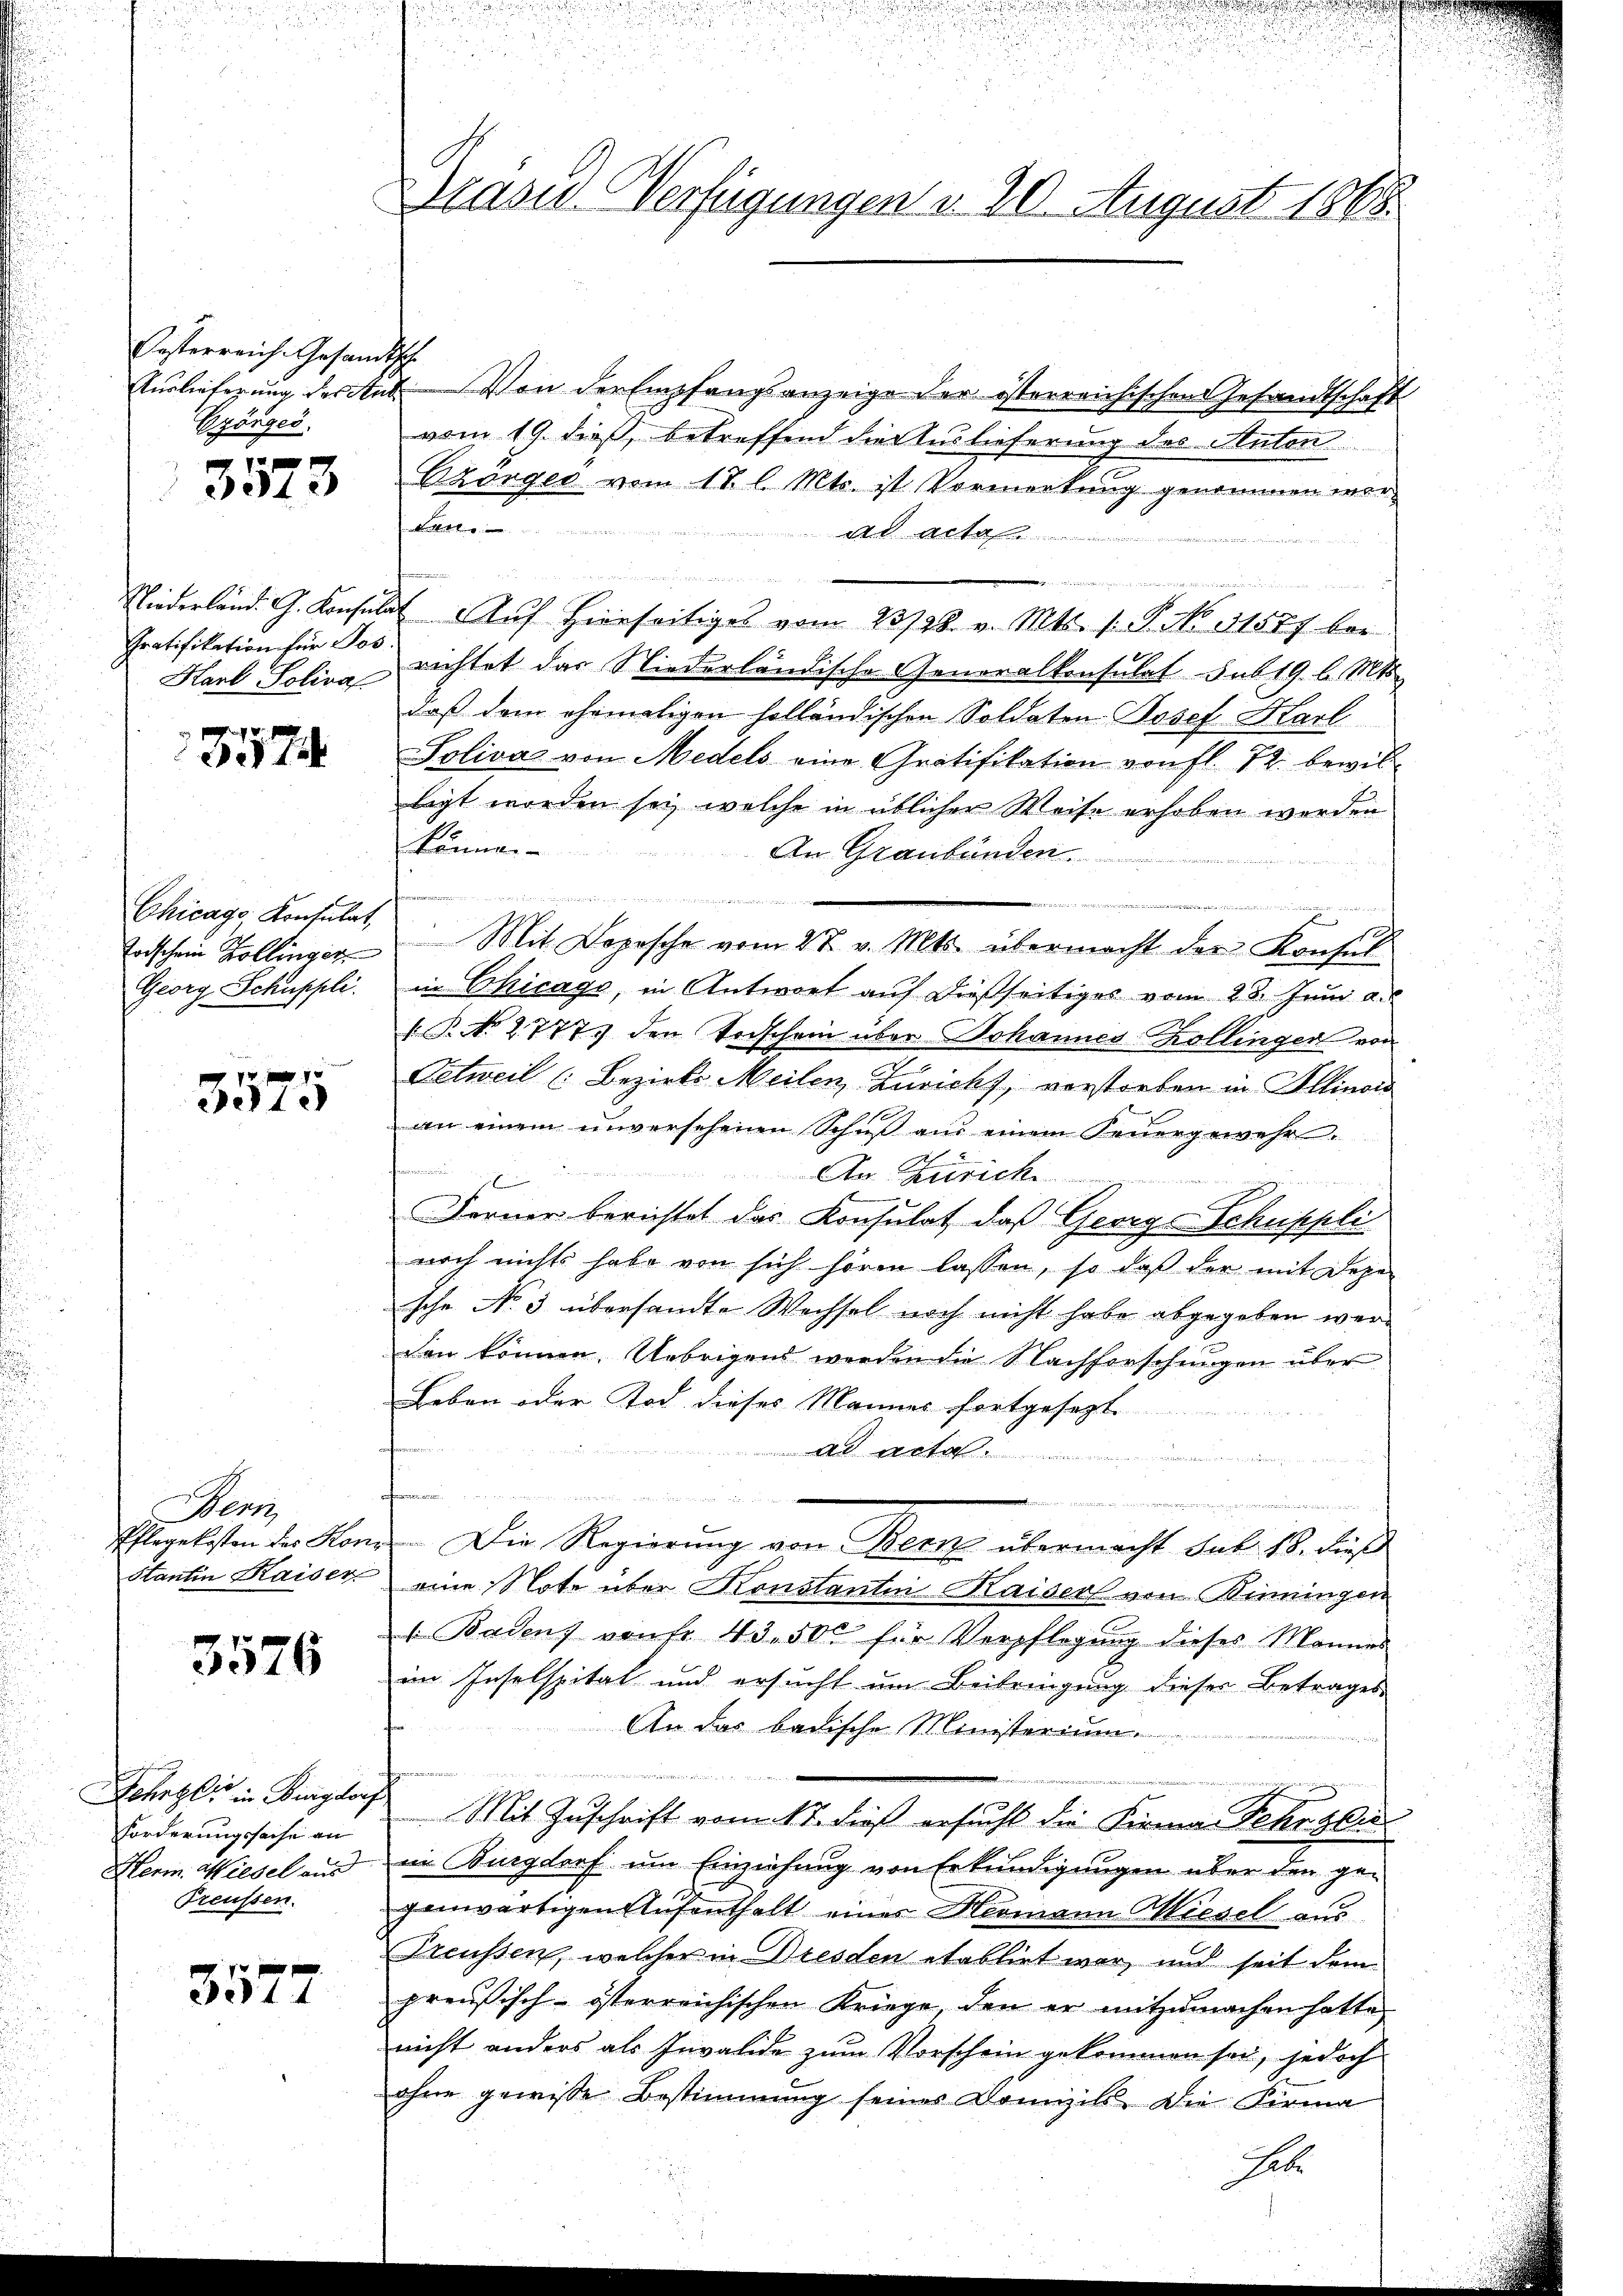
Pesterreich. Gesandtsch
Erönges
x

242

Gratifikation für Jos.

8574

Chicago Konsulat,
Georg Schuppli

3575

Wenn
Pflegekosten des Hon

3576

Schnzli in Bingdorf
Forderungssache an
Herm. Wiesel aus
Treussen.

3577

Auslieferung des Ant. Von der Empfangsanzeige der österreichischen Gesandtschaft
vom 19. dieß, betreffend die Auslieferung des Anton
Bzorges vom 17. l. Mts. ist Vormerkung genommen wort
Ad Acte
Niederland. G. Konsulat Aŭf hierseitiges vom 23798. v. Mts. 1. P. No 11577 bei
Harl Soliva richtet das Niederländische Generalkonsulat sub 19. d. Mts.
daß dem ehemaligen holländischen Soldaten Josef Karl
Solivaz von Medels eine Gratifikation von fl. 72. bewilligt worden sei, welche in üblicher Weise erhoben werden
können
An Graubünden

in
eder vor den in der den der wurde in in werde in den
Toischein Zollinger Mit Depesche vom 27. v. Mts. übermacht der Konsul
in Chicago, in Antwort auf dießseitiges vom 23. Juni a.
.P. Nr. 2777 den Vorschein über Johannes Kollinger von
Petweil (Bezirk Meilen, Zuricht, verstorben in Illinow
an einem unversehenen Schuß aus einem Feuergewehr-
An Zürich
1
Ferner berichtet das Konsulat, daß George Schuppli
noch nichts habe von sich hören lassen, so daβ der mit Depe
sche No 3 übersandte Wechsel noch nicht habe abgegeben werden können. Uebrigend werden die Nachforschungen über
Leben oder Tod dieses Mannes fortgesezt
.
n

i. Die Regierung von Bern übermacht sub. 18. dieß
Stantin Kaiser, eine Note über Konstantin Kaisers von Kinningen
1 Badens von fr. 43. 500 für Verpflegung dieses Mannes
im Inselspital und ersucht um Beibringung dieser Betrages
An das badische Ministerium
ei seinen
Mit Zuschrift vom 17. dieß ersucht die Firma Schryber
im Burgdorf um Einziehung von Erkundigungen über den gegenwärtigen Aufenthalt eines Hermann Wiesel aus
Treussen, welcher in Bresden etablirt war, und seit dem
preußisch-österreichischen Kriege, den er mitzumachen hatte,
nicht anders als Invalide zum Vorschein gekommen sei, jedoch
ohne gewisse Bestimmung seines Domizils. Die Firma
Gebe

Drasen Verfügungen v. 20. August 1868.